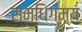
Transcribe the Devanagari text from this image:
समधिगम्य